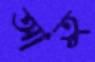
আতু